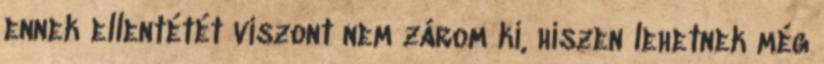
ennek ellentétét viszont nem zárom ki, hiszen lehetnek még